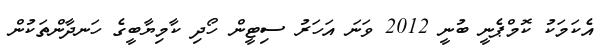
އެކަމަކު ކޮމްޕެނީ ބުނީ 2012 ވަނަ އަހަރު ސިޓީން ހޯދި ކާމިޔާބީގެ ހަނދާންތަކުން